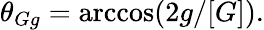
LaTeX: \begin{array}{r}{\theta_{Gg}=\operatorname{arccos}(2g/[G]).}\end{array}